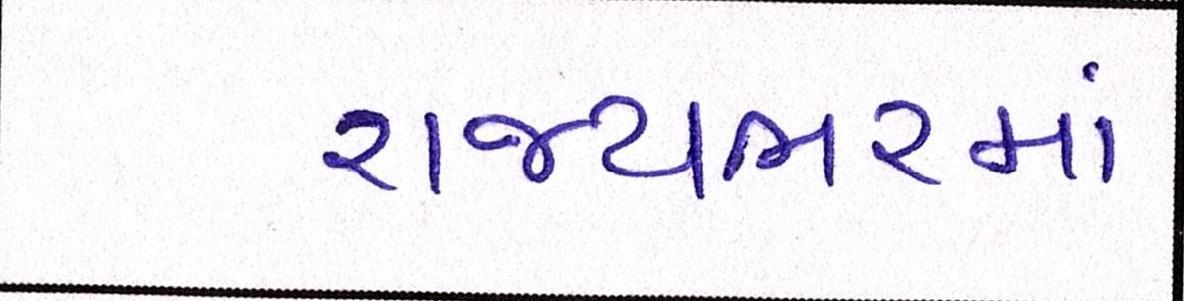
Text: રાજ્યભરમાં